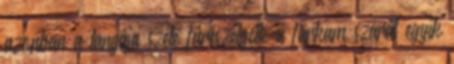
azonban a tangája széle fűrészelgette a farkam szárát egyik